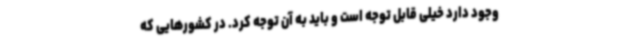
وجود دارد خیلی قابل توجه است و باید به آن توجه کرد. در کشورهایی که